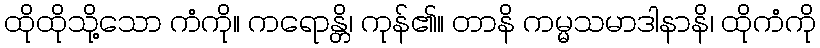
ထိုထိုသို့သော ကံကို။ ကရောန္တိ၊ ကုန်၏။ တာနိ ကမ္မသမာဒါနာနိ၊ ထိုကံကို